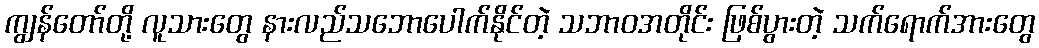
ကျွန်တော်တို့ လူသားတွေ နားလည်သဘောပေါက်နိုင်တဲ့ သဘာဝအတိုင်း ဖြစ်ပွားတဲ့ သက်ရောက်အားတွေ